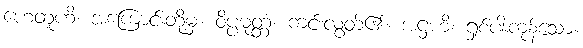
ဟေတူဟိ၊ အကြောင်းတို့မှ။ ဝိပ္ပမုတ္တံ၊ ကင်းလွတ်၏။ အဋ္ဌဟိ၊ ရှစ်ပါးကုန်သော။